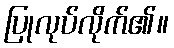
ပြုလုပ်လိုက်၏။